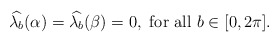
\begin{align*} {\widehat {\lambda_b}}(\alpha)={\widehat {\lambda_b}}(\beta)=0, \ {\rm for \ all}\ b\in [0,2\pi].\end{align*}